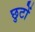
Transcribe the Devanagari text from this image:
छुटों